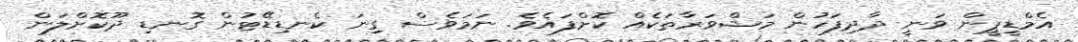
އެމްޑީޕީން ވަނީ ދާދިފަހުން މަޝްވަރާތަކެއް ކޮށްފައެވެ. ނަމަވެސް ގިނަ ކެނޑިޑޭޓުން ގޮނޑި ދޫކޮށްލަން